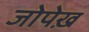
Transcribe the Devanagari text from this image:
जोपेख़